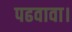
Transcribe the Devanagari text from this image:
पढवावा।